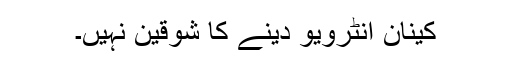
کینان انٹرویو دینے کا شوقین نہیں۔